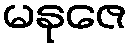
မနုဇေ